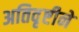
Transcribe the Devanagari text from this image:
अतिवृष्टीने